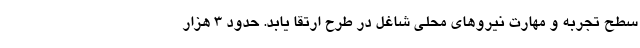
سطح تجربه و مهارت نیروهای محلی شاغل در طرح ارتقا یابد. حدود ۳ هزار